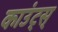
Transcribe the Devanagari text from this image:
काउंट्स्